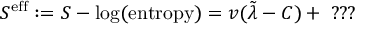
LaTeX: S ^ { \mathrm { e f f } } : = S - \log ( \mathrm { e n t r o p y } ) = v ( \tilde { \lambda } - C ) + \; ? ? ?